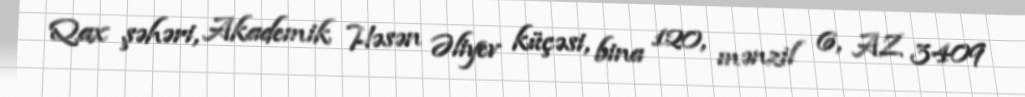
Qax şəhəri, Akademik Həsən Əliyev küçəsi, bina 120, mənzil 6, AZ 3409